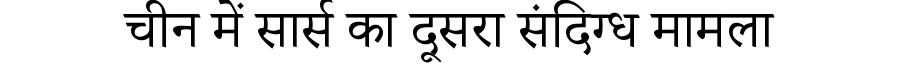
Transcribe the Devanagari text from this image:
चीन में सार्स का दूसरा संदिग्ध मामला